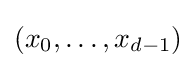
(x_{0},\dots ,x_{d-1})